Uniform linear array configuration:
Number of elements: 24
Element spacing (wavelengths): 0.5
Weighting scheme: cosine
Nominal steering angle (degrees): -60
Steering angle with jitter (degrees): -61.457
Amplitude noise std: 0.05
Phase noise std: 0.05

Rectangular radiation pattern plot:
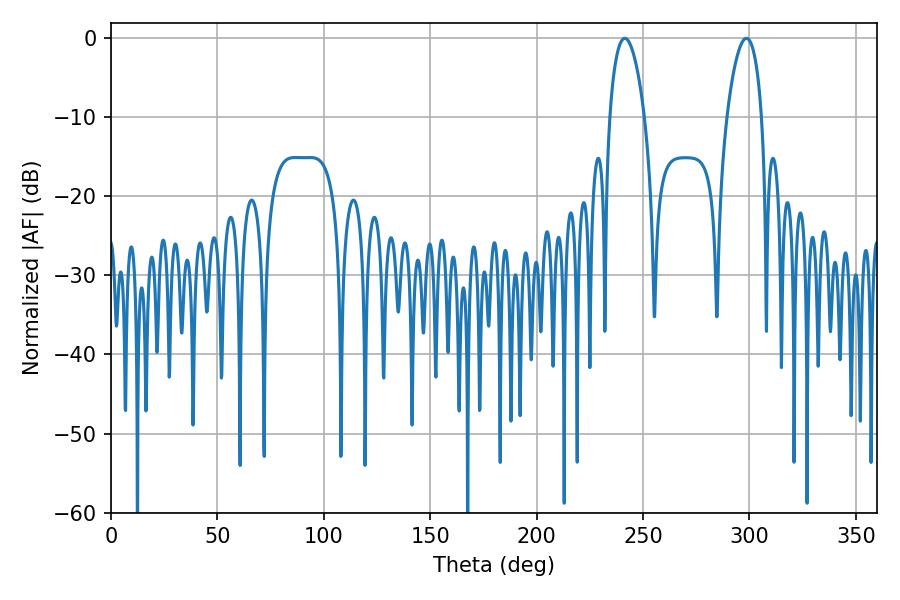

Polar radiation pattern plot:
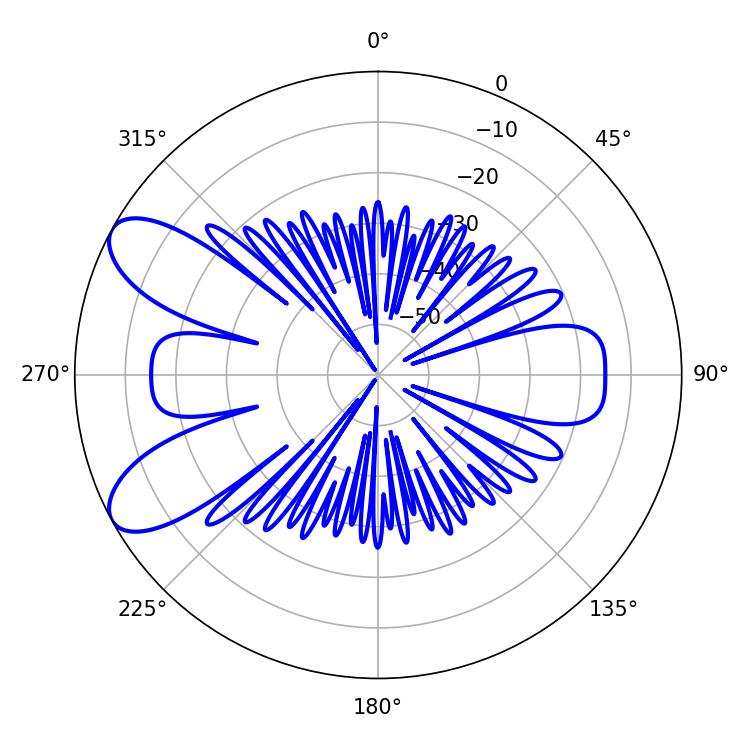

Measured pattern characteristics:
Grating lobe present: FALSE
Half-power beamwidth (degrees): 9.18
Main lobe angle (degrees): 241.38